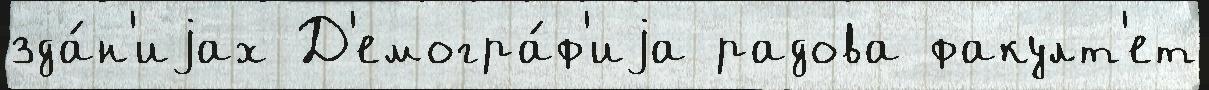
зда́н'иjах Д'емогра́ф'иjа радова факулт'ет